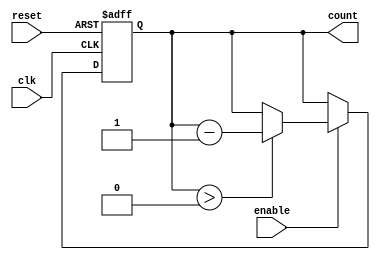
module binary_down_counter (
    input wire clk,          // Clock input
    input wire reset,        // Asynchronous reset
    input wire enable,       // Enable signal
    output reg [N-1:0] count // Output count value (N-bit wide)
);

// Parameter to define the width of the counter (change N as needed)
parameter N = 3; // Example: 3-bit counter

// Always block for counting logic
always @(posedge clk or posedge reset) begin
    if (reset) begin
        count <= (1 << N) - 1; // Initialize counter to max value (2^N - 1)
    end else if (enable) begin
        // Decrement the count value if it is greater than 0
        if (count > 0) begin
            count <= count - 1;
        end
    end
end

endmodule